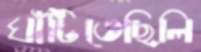
ঘাঁটিতেছিলি